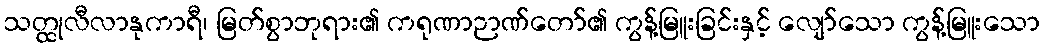
သတ္ထုလီလာနုကာရီ၊ မြတ်စွာဘုရား၏ ကရုဏာဉာဏ်တော်၏ ကွန့်မြူးခြင်းနှင့် လျော်သော ကွန့်မြူးသော